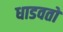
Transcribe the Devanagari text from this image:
धाडवतो